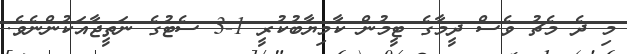
މި ދެ މެޗު ވެސް ދީމާގެ ޓީމުން ކާމިޔާބުކުރީ 1-3 ސެޓުގެ ނަތީޖާއަކުންނެވެ.